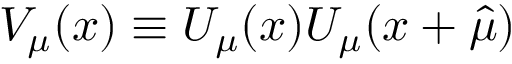
V _ { \mu } ( x ) \equiv U _ { \mu } ( x ) U _ { \mu } ( x + \hat { \mu } )